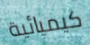
كيميائية